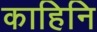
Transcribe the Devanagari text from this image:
काहिनि